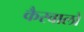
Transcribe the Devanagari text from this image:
कैरवालों